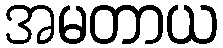
အမတာယ